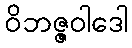
ဝိဘဇ္ဇဝါဒေါ